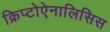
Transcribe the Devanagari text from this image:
क्रिप्टोऐनालिसिस